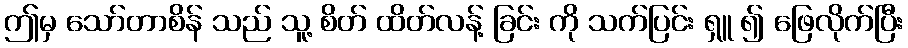
ဤမှ သော်တာစိန် သည် သူ့ စိတ် ထိတ်လန့် ခြင်း ကို သက်ပြင်း ရှူ ၍ ဖြေလိုက်ပြီး